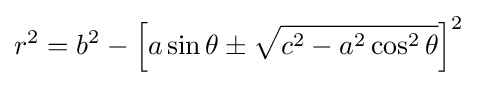
r^{2}=b^{2}-\left[a\sin \theta \pm {\sqrt {c^{2}-a^{2}\cos ^{2}\theta }}\right]^{2}